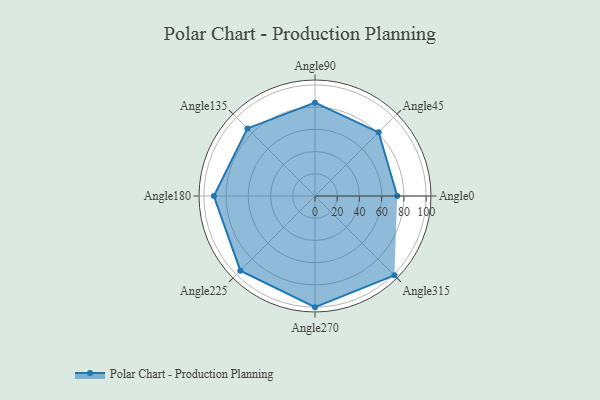
{"axis": {"x": "Angle", "y": "Radius"}, "legend": [""], "data": [{"x": "Angle0", "y": 74.0, "type": ""}, {"x": "Angle45", "y": 81.0, "type": ""}, {"x": "Angle90", "y": 84.0, "type": ""}, {"x": "Angle135", "y": 86.0, "type": ""}, {"x": "Angle180", "y": 91.0, "type": ""}, {"x": "Angle225", "y": 95.0, "type": ""}, {"x": "Angle270", "y": 100.0, "type": ""}, {"x": "Angle315", "y": 101.0, "type": ""}]}